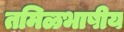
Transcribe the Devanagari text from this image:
तमिळभाषीय